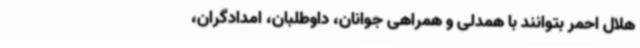
هلال احمر بتوانند با همدلی و همراهی جوانان، داوطلبان، امدادگران،